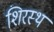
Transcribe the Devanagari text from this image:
शिरस्थ